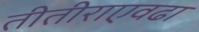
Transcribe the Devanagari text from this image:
तीतीराएवढा